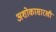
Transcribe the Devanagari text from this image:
अशोकासारखी